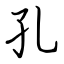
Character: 孔